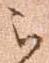
被